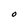
Character: O